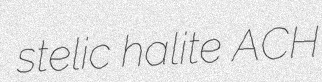
stelic halite ACH